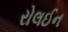
રોલઈન